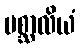
ပစ္ဆာလိယံ